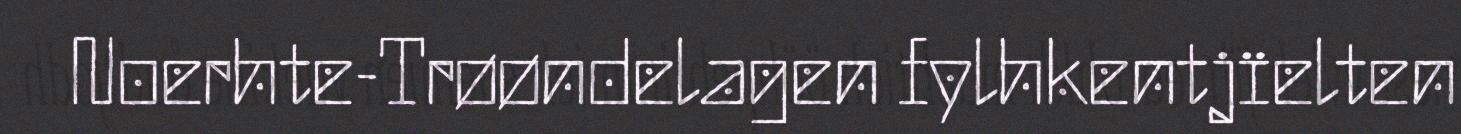
Noerhte-Trøøndelagen fylhkentjïelten